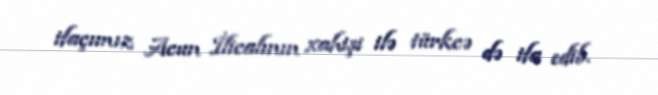
ifaçımız Acun İlicalının xahişi ilə türkcə də ifa edib.